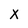
Character: x